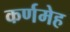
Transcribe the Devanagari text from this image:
कर्णमेह